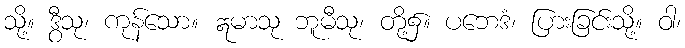
သို့။ ဒွီသု၊ ကုန်သော။ ဣမာသု ဘူမီသု၊ တို့၌။ ပဘေဒံ၊ ပြားခြင်းသို့။ ဝါ၊